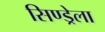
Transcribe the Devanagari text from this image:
सिण्ड्रेला